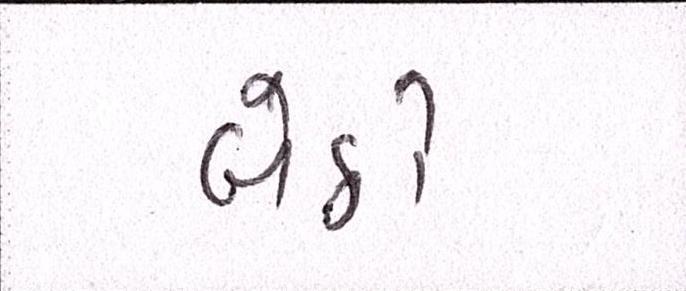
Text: બેઠો